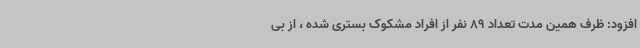
افزود: ظرف همین مدت تعداد 89 نفر از افراد مشکوک بستری شده ، از بی